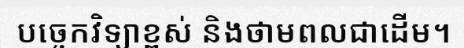
បច្ចេកវិទ្យាខ្ពស់ និងថាមពលជាដើម។